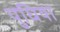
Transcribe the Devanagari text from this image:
पुधिया